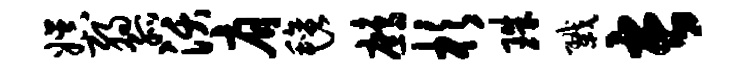
娱弱孤沃肩毡鹧杉珠戮长